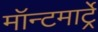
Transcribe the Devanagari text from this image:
मॉन्टमार्ट्रे